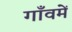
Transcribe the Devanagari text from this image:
गाँवमें